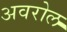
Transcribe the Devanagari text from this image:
अवरोल